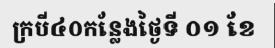
ក្របី៤០កន្លែងថ្ងៃទី ០១ ខែ